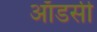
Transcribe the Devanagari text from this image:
ऑडसी